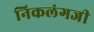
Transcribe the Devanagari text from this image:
निकलंगजी